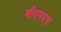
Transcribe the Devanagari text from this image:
बीएमएफ